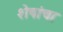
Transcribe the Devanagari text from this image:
शेषांचा